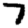
Digit: 7